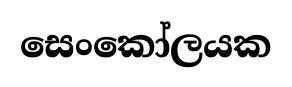
සෙංකෝලයක